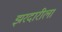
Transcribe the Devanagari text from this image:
झरदारीला